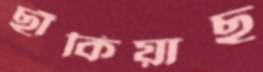
ছাঁকিয়াছ